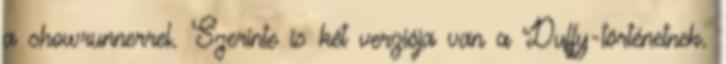
a showrunnerrel. Szerinte is két verziója van a Duffy-történetnek.